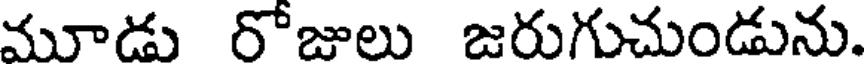
మూడు రోజులు జరుగుచుండును.